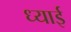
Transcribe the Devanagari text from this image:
ध्याई